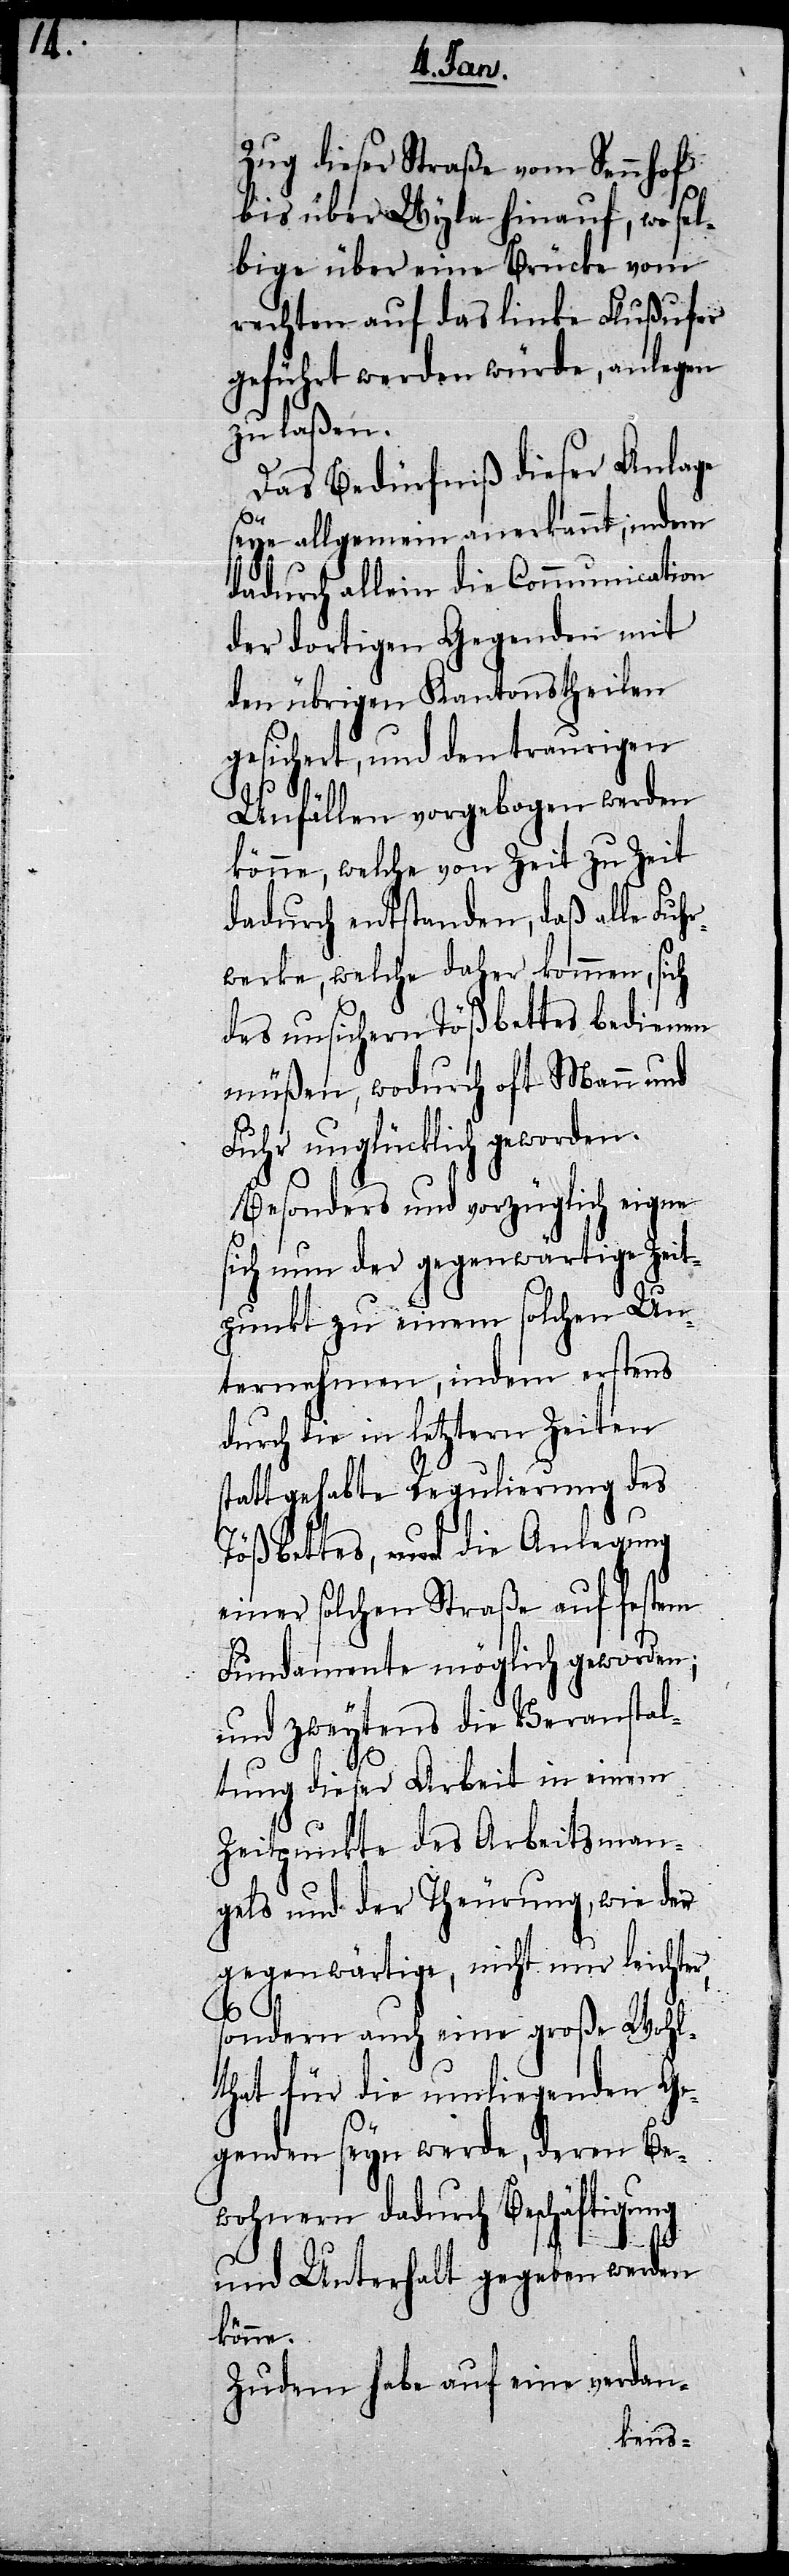
Zug dieser Straße vom Sennhof
bis über Wyla hinauf, wo sel¬
bige über eine Brücke vom
rechten auf das linke Flußufer
geführt werden würde, anlegen
zu laßen.
Das Bedürfniß dieser Anlage
seye allgemein anerkannt, indem
dadurch allein die Communication
der dortigen Gegenden mit
den übrigen Kantonstheilen
gesichert, und den traurigen
Unfällen vorgebogen werden
könne, welche von Zeit zu Zeit
dadurch entstanden, daß alle Fuhr¬
werke, welche daher kommen, sich
des unsichern Tößbettes bedienen
müßen, wodurch oft Mann und
Fuhr unglücklich geworden.
Besonders und vorzüglich eigne
sich nun der gegenwärtige Zeit¬
punkt zu einem solchen Un¬
ternehmen, indem erstens
durch die letztern Zeiten
stattgehabte Regulierung des
Tößbettes, und die Anlegung
einer solchen Straße auf festem
Fundamente möglich geworden;
und zweytens die Veranstal¬
tung dieser Arbeit in einem
Zeitpunkte des Arbeitsman¬
gels und der Theurung, wie der
gegenwärtige, nicht nur leichter,
sondern auch eine große Wohl¬
that für die umliegenden Ge¬
genden seyn werde, deren Be¬
wohnern dadurch Beschäftigung
und Unterhalt gegeben werden
könne.
Zudem habe auf eine verdan-